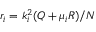
r _ { i } = k _ { i } ^ { 2 } ( Q + \mu _ { i } R ) / N